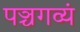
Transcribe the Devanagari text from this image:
पञ्चगव्यं